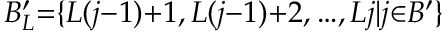
B _ { L } ^ { \prime } { = } \{ L ( j { - } 1 ) { + } 1 , L ( j { - } 1 ) { + } 2 , { \ldots } , L j | j { \in } B ^ { \prime } \}